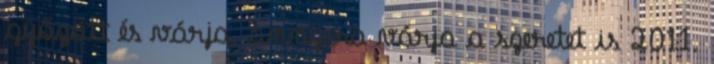
győzött és várja, annyira várja a szeretet is 2011.